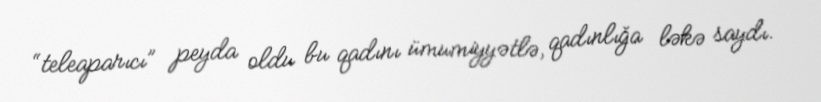
“teleaparıcı” peyda oldu bu qadını ümumiyyətlə, qadınlığa ləkə saydı.